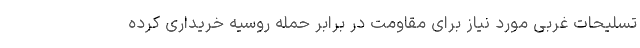
تسلیحات غربی مورد نیاز برای مقاومت در برابر حمله روسیه خریداری کرده